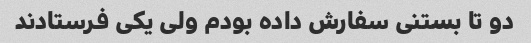
دو تا بستنی سفارش داده بودم ولی یکی فرستادند